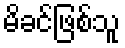
မိခင်ဖြစ်သူ